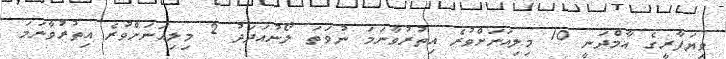
ވިޔަފާރީގެ އާމްދަނީ 10 މިލިއަނަށްވުރެ އިތުރުވާނަމަ ނުވަތަ ލޯނުއަދަދު 2 މިލިއަނަށްވުރެ އިތުރުވާނަމަ